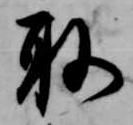
取